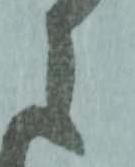
之